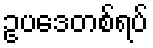
ဥပဒေတစ်ရပ်